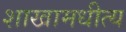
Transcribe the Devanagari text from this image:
शाखामधीत्य